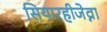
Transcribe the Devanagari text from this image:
सियारहीजेव्ना